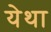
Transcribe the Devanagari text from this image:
येथा